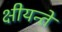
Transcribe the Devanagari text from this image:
क्षीयन्ते